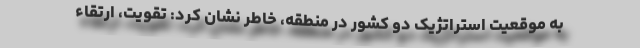
به موقعیت استراتژیک دو کشور در منطقه، خاطر نشان کرد: تقویت، ارتقاء